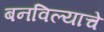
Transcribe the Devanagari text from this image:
बनविल्याचे